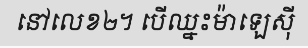
នៅលេខ២។ បើឈ្នះម៉ាឡេស៊ី